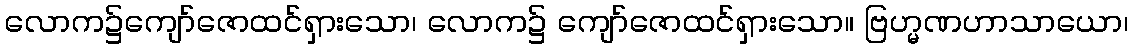
လောက၌ကျော်ဇောထင်ရှားသော၊ လောက၌ ကျော်ဇောထင်ရှားသော။ ဗြဟ္မဏဟာသာယော၊